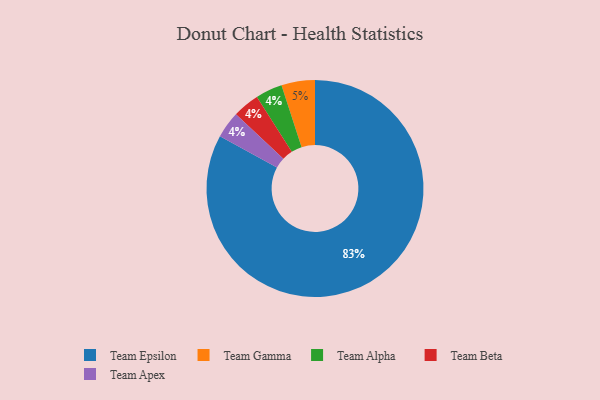
{"axis": {"x": "Category", "y": "Percentage"}, "legend": ["Team Alpha", "Team Apex", "Team Beta", "Team Epsilon", "Team Gamma"], "data": [{"x": "Team Alpha", "y": 4, "type": "Team Alpha"}, {"x": "Team Epsilon", "y": 83, "type": "Team Epsilon"}, {"x": "Team Beta", "y": 4, "type": "Team Beta"}, {"x": "Team Gamma", "y": 5, "type": "Team Gamma"}, {"x": "Team Apex", "y": 4, "type": "Team Apex"}]}